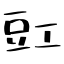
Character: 豇